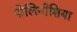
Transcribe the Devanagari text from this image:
पोलिनीशिया